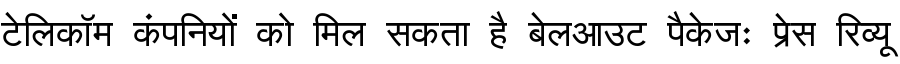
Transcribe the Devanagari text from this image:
टेलिकॉम कंपनियों को मिल सकता है बेलआउट पैकेजः प्रेस रिव्यू